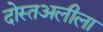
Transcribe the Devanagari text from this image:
दोस्तअलीला